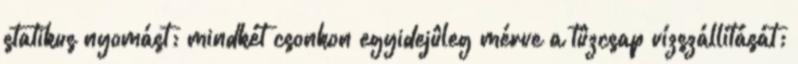
statikus nyomást; mindkét csonkon egyidejûleg mérve a tûzcsap vízszállítását;